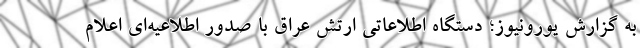
به گزارش یورونیوز؛ دستگاه اطلاعاتی ارتش عراق با صدور اطلاعیه‌ای اعلام